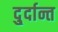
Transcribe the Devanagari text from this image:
दु्र्दान्त